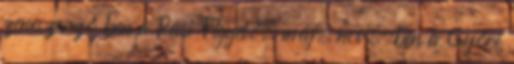
zeneszerző ben a Pécsi Figyelő, máj. nov.-ben a Győri